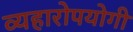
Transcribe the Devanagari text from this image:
व्यहारोपयोगी